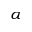
_ { \alpha }